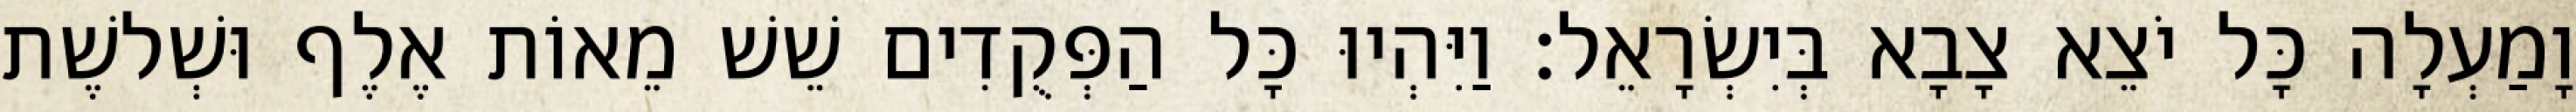
וָמַעְלָה כָּל יֹצֵא צָבָא בְּיִשְׂרָאֵל׃ וַיִּהְיוּ כָּל הַפְּקֻדִים שֵׁשׁ מֵאוֹת אֶלֶף וּשְׁלשֶׁת